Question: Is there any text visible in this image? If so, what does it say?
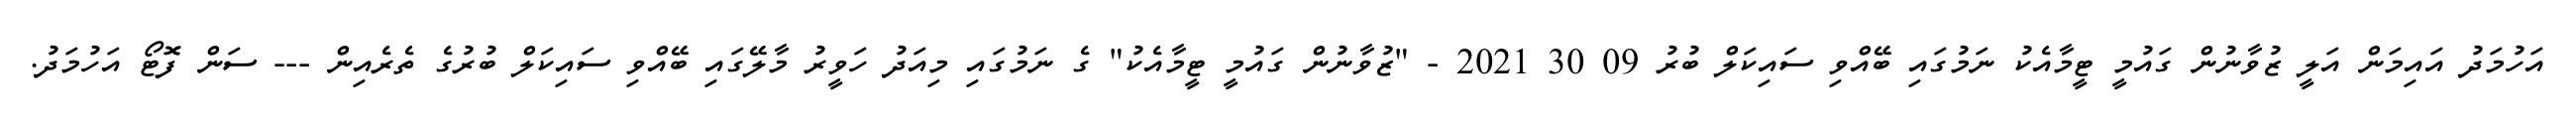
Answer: އަހުމަދު އައިމަން އަލީ ޒުވާނުން ގައުމީ ޓީމާއެކު ނަމުގައި ބޭއްވި ސައިކަލް ބުރު 09 30 2021 - "ޒުވާނުން ގައުމީ ޓީމާއެކު" ގެ ނަމުގައި މިއަދު ހަވީރު މާލޭގައި ބޭއްވި ސައިކަލް ބުރުގެ ތެރެއިން --- ސަން ފޮޓޯ އަހުމަދު.